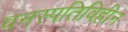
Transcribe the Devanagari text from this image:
वनस्पतिविहीन